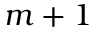
m + 1